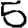
Digit: 5